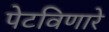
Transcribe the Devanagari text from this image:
पेटविणारे